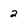
Character: 2